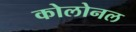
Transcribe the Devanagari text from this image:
कोलोनल